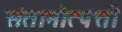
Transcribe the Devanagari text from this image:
संतानोत्पत्ती